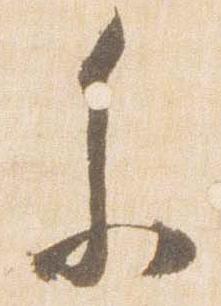
参